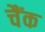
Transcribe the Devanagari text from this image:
चैंक